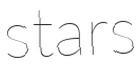
stars